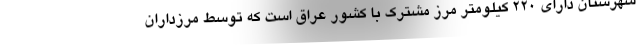
شهرستان دارای ۲۲۰ کیلومتر مرز مشترک با کشور عراق است که توسط مرزداران